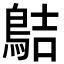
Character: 𪁄